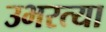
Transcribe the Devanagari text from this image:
उभरत्या